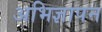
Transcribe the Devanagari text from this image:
अभिज्ञापन